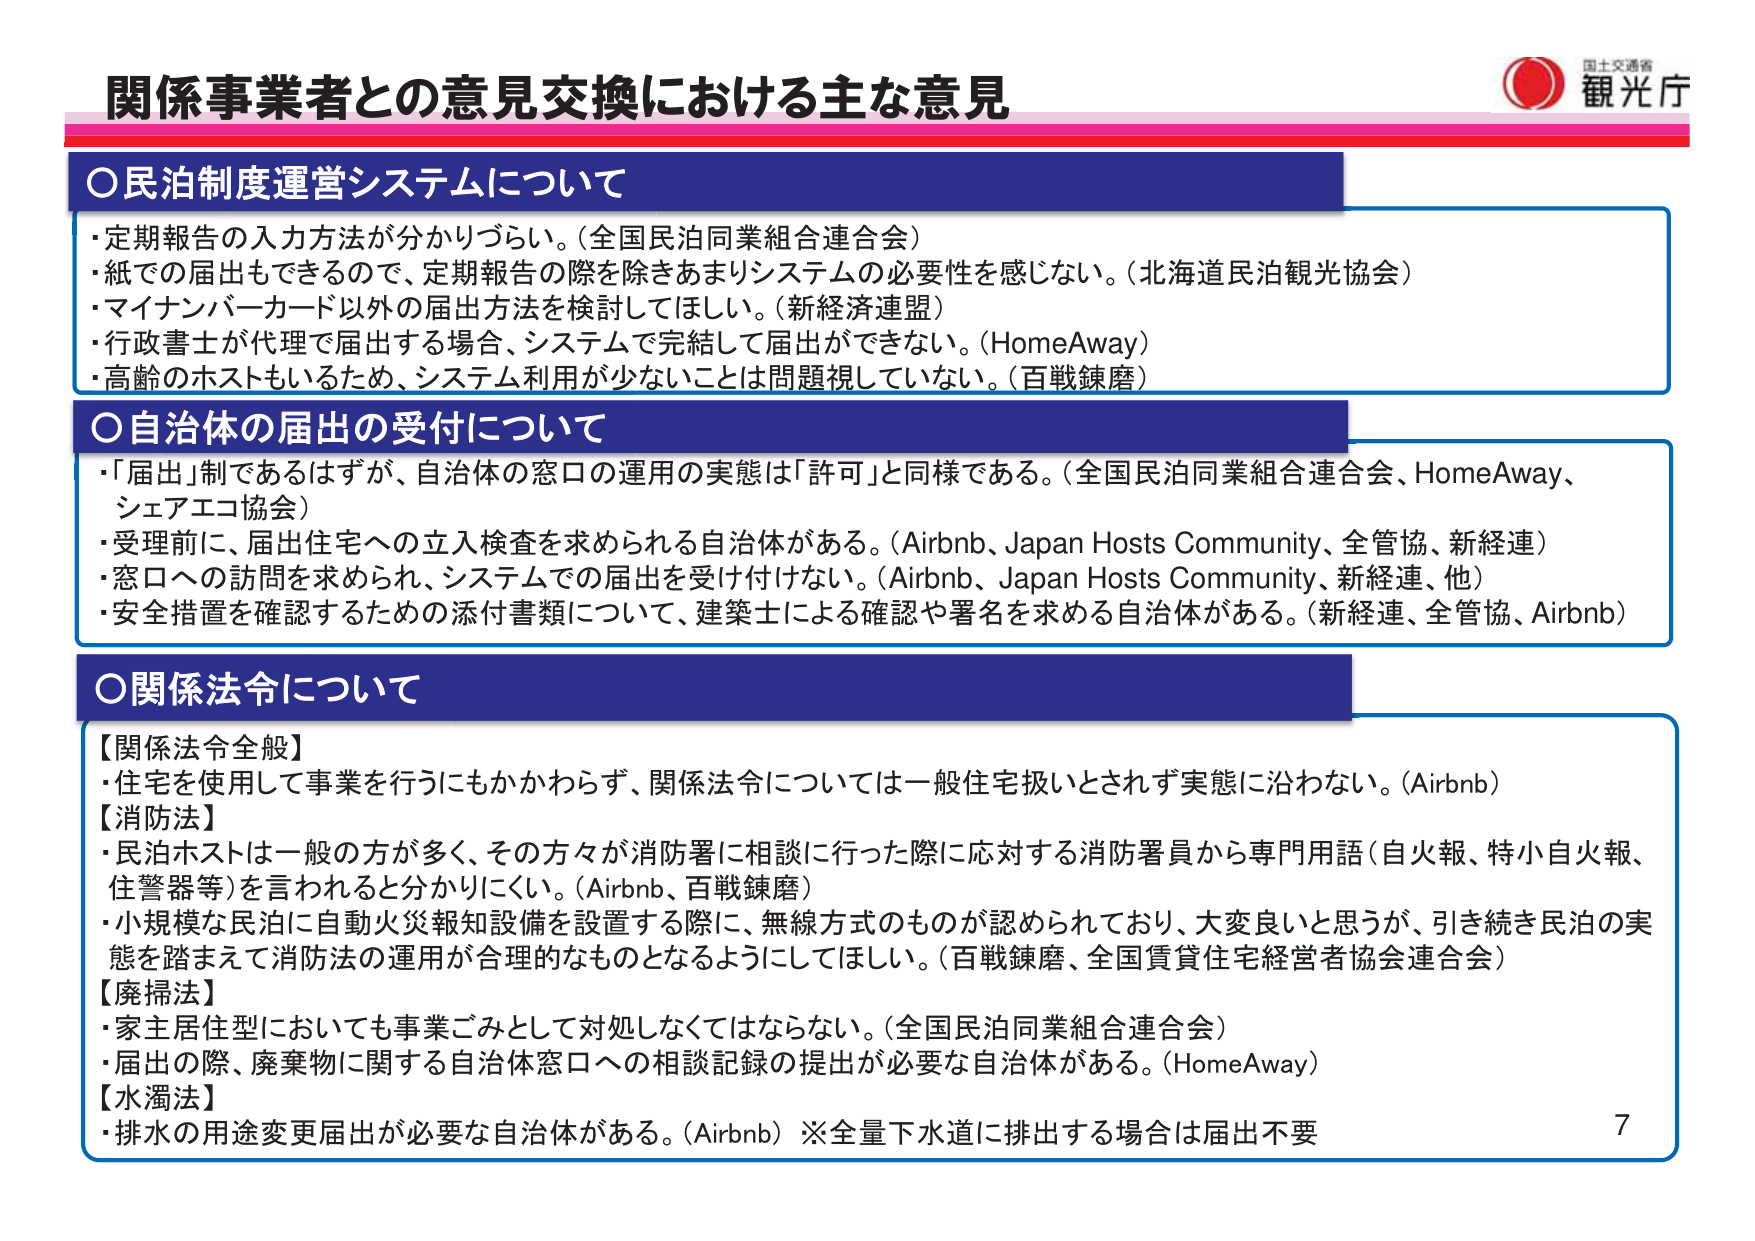
関係事業者との意見交換における主な意見

○民泊制度運営システムについて
・定期報告の入力方法が分かりづらい。（全国民泊同業組合連合会）
・紙での届出もできるので、定期報告の際を除きあまりシステムの必要性を感じない。（北海道民泊観光協会）
・マイナンバーカード以外の届出方法を検討してほしい。（新経済連盟）
・行政書士が代理で届出する場合、システムで完結して届出ができない。（HomeAway）
・高齢のホストもいるため、システム利用が少ないことは問題視していない。（百戦錬磨）

○自治体の届出の受付について
・「届出」制であるはずが、自治体の窓口の運用の実態は「許可」と同様である。（全国民泊同業組合連合会、HomeAway、シェアエコ協会）
・受理前に、届出住宅への立入検査を求められる自治体がある。（Airbnb、Japan Hosts Community、全管協、新経連）
・窓口への訪問を求められ、システムでの届出を受け付けない。（Airbnb、Japan Hosts Community、新経連、他）
・安全措置を確認するための添付書類について、建築士による確認や署名を求める自治体がある。（新経連、全管協、Airbnb）

○関係法令について
【関係法令全般】
・住宅を使用して事業を行うにもかかわらず、関係法令については一般住宅扱いとされず実態に沿わない。（Airbnb）
【消防法】
・民泊ホストは一般の方が多く、その方々が消防署に相談に行った際に応対する消防署員から専門用語（自火報、特小自火報、住警器等）を言われると分かりにくい。（Airbnb、百戦錬磨）
・小規模な民泊に自動火災報知設備を設置する際に、無線方式のものが認められており、大変良いと思うが、引き続き民泊の実態を踏まえて消防法の運用が合理的なものとなるようにしてほしい。（百戦錬磨、全国賃貸住宅経営者協会連合会）
【廃掃法】
・家主居住型においても事業ごみとして対処しなくてはならない。（全国民泊同業組合連合会）
・届出の際、廃棄物に関する自治体窓口への相談記録の提出が必要な自治体がある。（HomeAway）
【水濁法】
・排水の用途変更届出が必要な自治体がある。（Airbnb）※全量下水道に排出する場合は届出不要

7

国土交通省
観光庁